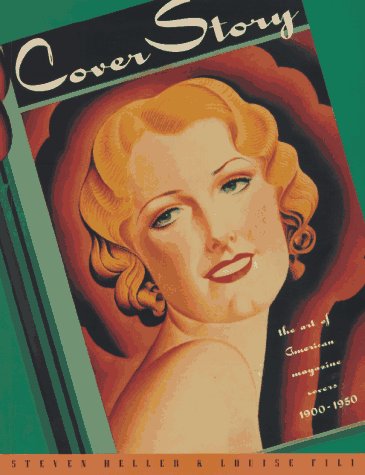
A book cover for Cover Story; Steven Heller; Humor & Entertainment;